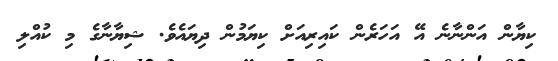
ކިޔާން އަންނާނެ އޭ އަހަރެން ކައިރިއަށް ކިޔަމުން ދިޔައެވެ. ޝިޔާނާގެ މި ކުއްލި